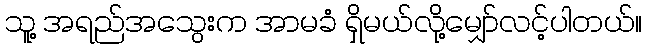
သူ့ အရည်အသွေးက အာမခံ ရှိမယ်လို့မျှော်လင့်ပါတယ်။